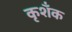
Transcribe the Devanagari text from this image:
कृशँक